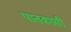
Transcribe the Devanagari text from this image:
पातकासी